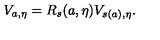
V _ { a , \eta } = R _ { s } ( a , \eta ) V _ { s ( a ) , \eta } .